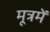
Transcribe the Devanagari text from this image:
मूत्रमें